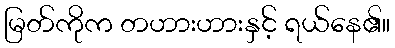
မြတ်ကိုက တဟားဟားနှင့် ရယ်နေ၏။